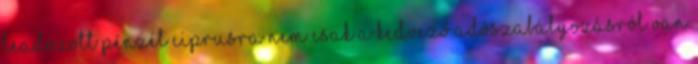
leadózott pénzét Ciprusra nem csak a kedvező adószabályozásról van